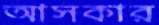
আসকার